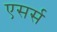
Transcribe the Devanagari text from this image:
एसर्स